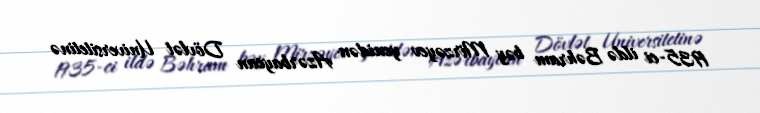
1935-ci ildə Bəhram bəy Mirzəyev yenidən Azərbaycan Dövlət Universitetinə